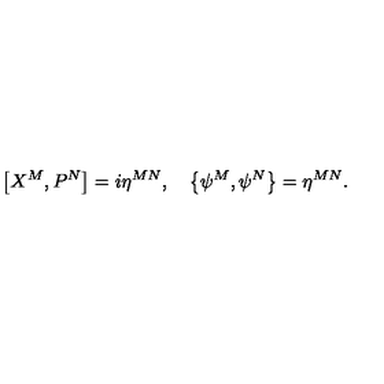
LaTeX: \left[ X ^ { M } , P ^ { N } \right] = i \eta ^ { M N } , \quad \left\{ \psi ^ { M } , \psi ^ { N } \right\} = \eta ^ { M N } .